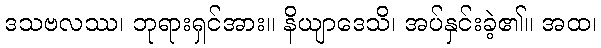
ဒသဗလဿ၊ ဘုရားရှင်အား။ နိယျာဒေသိ၊ အပ်နှင်းခဲ့၏။ အထ၊